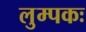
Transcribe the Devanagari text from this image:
लुम्पकः